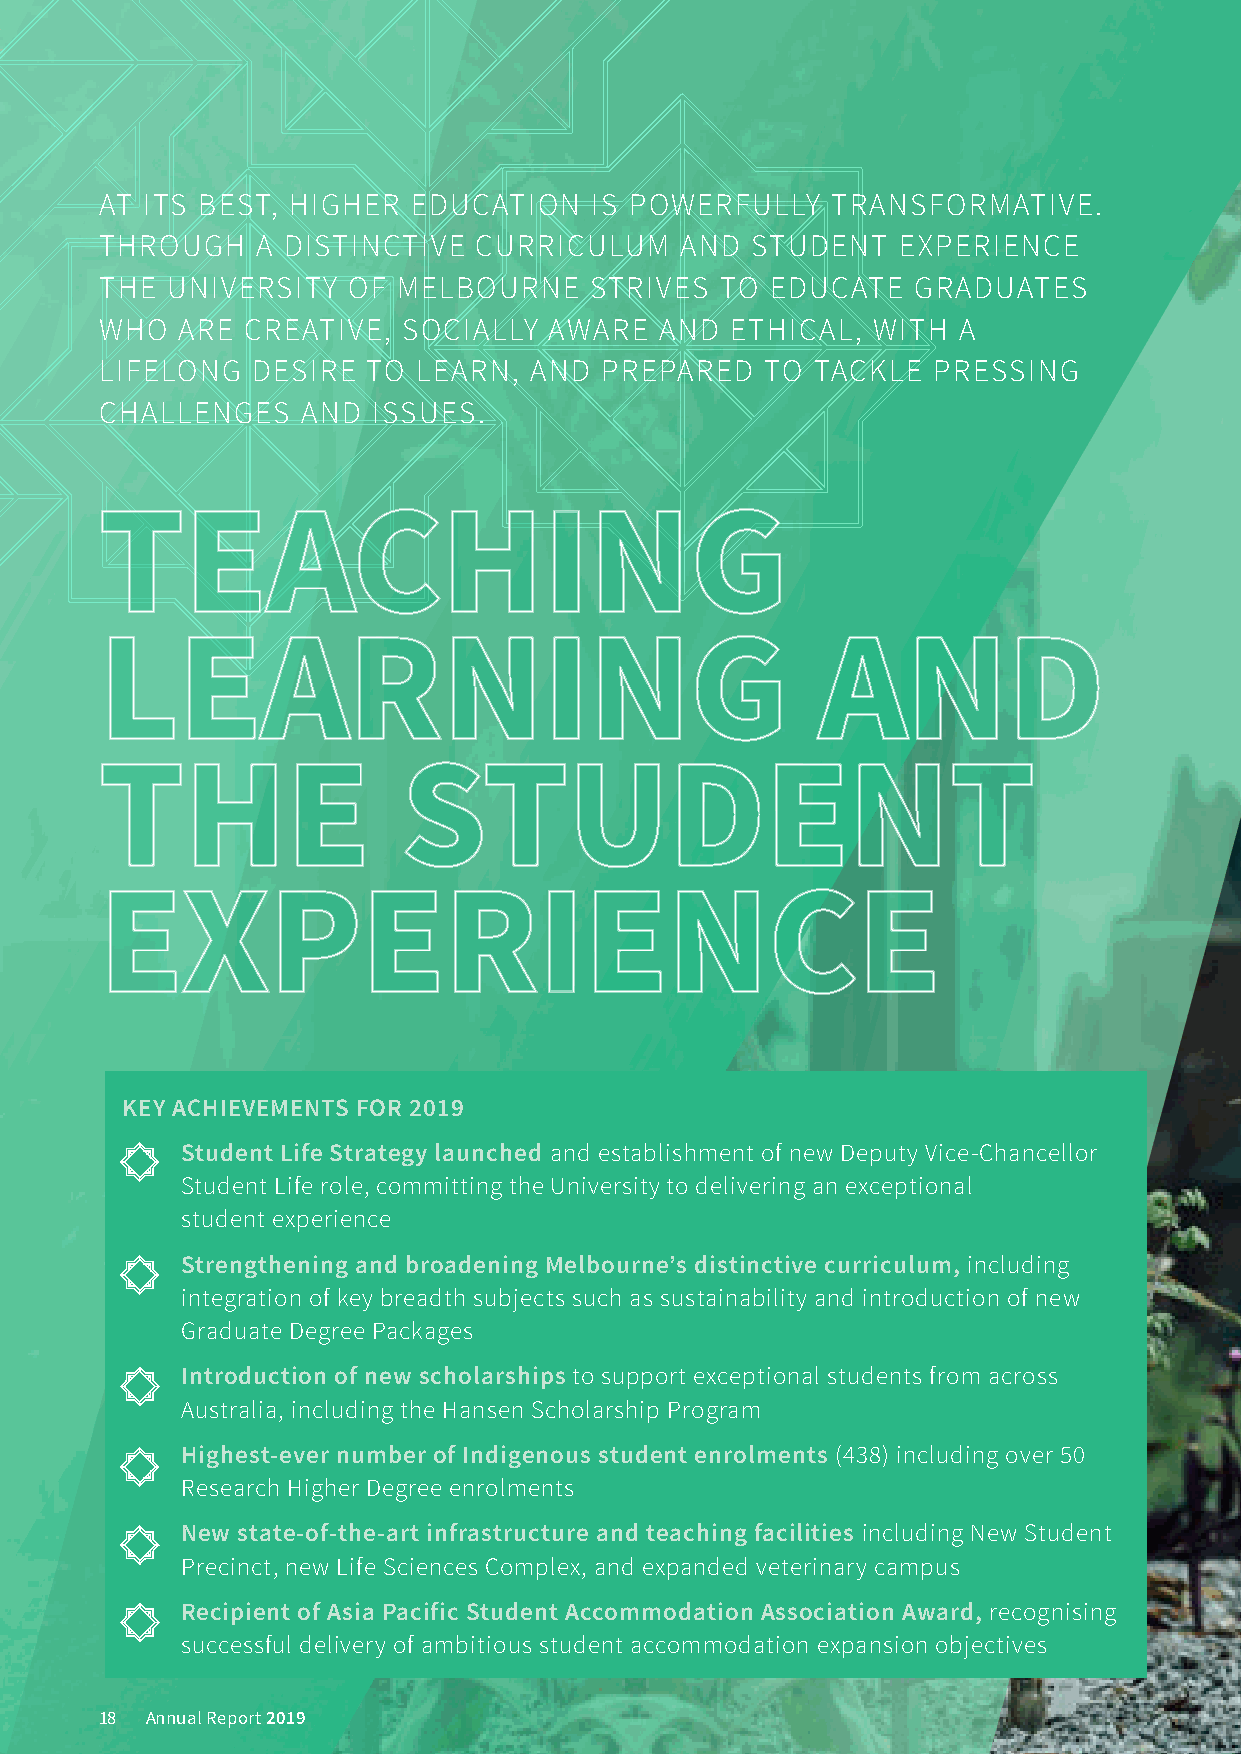
AT ITS BEST, HIGHER EDUCATION   IS POWERFULLY   TRANSFORMATIVE.
 THROUGH   A DISTINCTIVE  CURRICULUM   AND  STUDENT  EXPERIENCE
 THE UNIVERSITY  OF MELBOURNE    STRIVES  TO EDUCATE   GRADUATES
 WHO  ARE CREATIVE,  SOCIALLY AWARE   AND ETHICAL,  WITH A
 LIFELONG  DESIRE TO  LEARN, AND  PREPARED   TO TACKLE  PRESSING
 CHALLENGES   AND  ISSUES.
 TTTEEEAAACCCHHHIIINNNGGG
 LLLEEEAAARRRNNNIIINNNGGG                       AAANNNDDD
 TTTHHHEEE           SSSTTTUUUDDDEEENNNTTT
 EEEXXXPPPEEERRRIIIEEENNNCCCEEE
 KEY ACHIEVEMENTS FOR 2019
 Student Life Strategy launched,and establishment of new Deputy Vice-Chancellor
 Student Life role, committing the University to delivering an exceptional
 student experience
 Strengthening and broadening Melbourne’s distinctive curriculum, including
 integration of key breadth subjects such as sustainability and introduction of new
 Graduate Degree Packages
 Introduction of new scholarships to support exceptional students from across
 Australia, including the Hansen Scholarship Program
 Highest-ever number of Indigenous student enrolments (438) including over 50
 Research Higher Degree enrolments
 New state-of-the-art infrastructure and teaching facilities including New Student
 Precinct, new Life Sciences Complex, and expanded veterinary campus
 Recipient of Asia Pacific Student Accommodation Association Award, recognising
 successful delivery of ambitious student accommodation expansion objectives
 18 Annual Report 2019